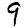
Digit: 9